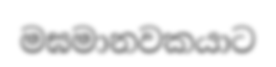
මඝමානවකයාට